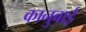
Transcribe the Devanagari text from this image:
कानुबाई